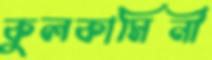
কুলকামিনী